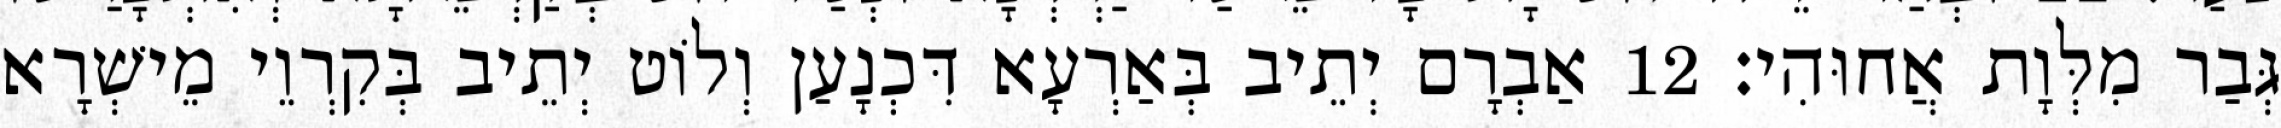
גְּבַר מִלְּוָת אֲחוּהִי׃ 12 אַבְרָם יְתֵיב בְּאַרְעָא דִּכְנָעַן וְלוֹט יְתֵיב בְּקִרְוֵי מֵישְׁרָא